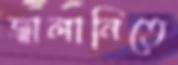
জ্বালানিতে